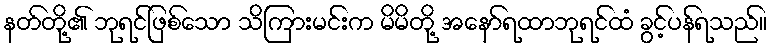
နတ်တို့၏ ဘုရင်ဖြစ်သော သိကြားမင်းက မိမိတို့ အနော်ရထာဘုရင်ထံ ခွင့်ပန်ရသည်။